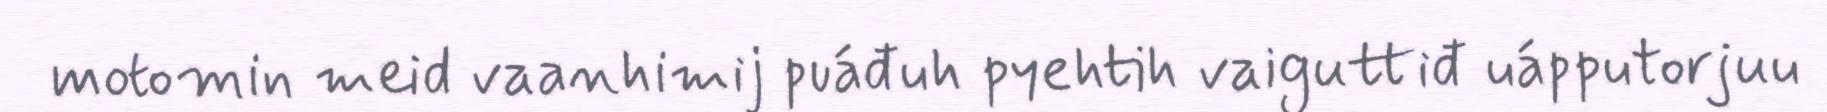
motomin meid vaanhimij puáđuh pyehtih vaiguttiđ uápputorjuu